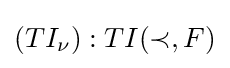
(TI_{\nu }):TI(\prec ,F)